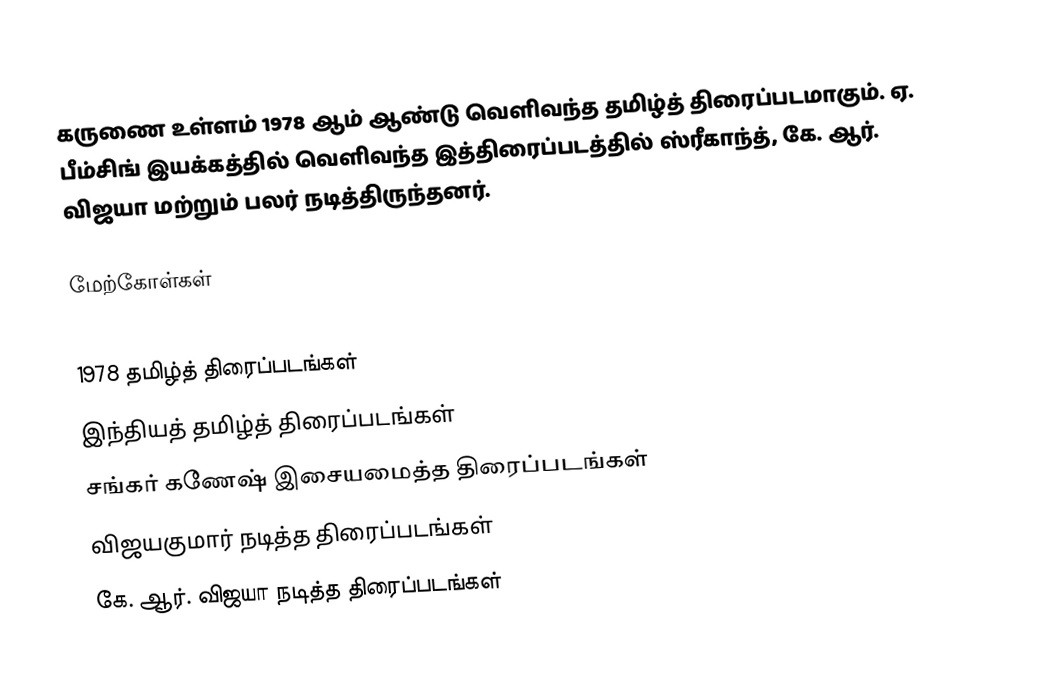
கருணை உள்ளம் 1978 ஆம் ஆண்டு வெளிவந்த தமிழ்த் திரைப்படமாகும். ஏ. பீம்சிங் இயக்கத்தில் வெளிவந்த இத்திரைப்படத்தில் ஸ்ரீகாந்த், கே. ஆர். விஜயா மற்றும் பலர் நடித்திருந்தனர்.

மேற்கோள்கள்

1978 தமிழ்த் திரைப்படங்கள்
இந்தியத் தமிழ்த் திரைப்படங்கள்
சங்கர் கணேஷ் இசையமைத்த திரைப்படங்கள்
விஜயகுமார் நடித்த திரைப்படங்கள்
கே. ஆர். விஜயா நடித்த திரைப்படங்கள்